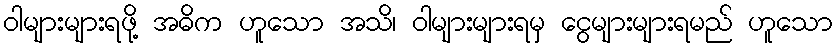
ဝါများများရဖို့ အဓိက ဟူသော အသိ၊ ဝါများများရမှ ငွေများများရမည် ဟူသော